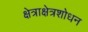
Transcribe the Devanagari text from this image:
क्षेत्राक्षेत्रशोधन